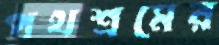
পথশ্রমের